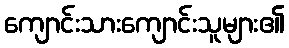
ကျောင်းသားကျောင်းသူများ၏